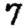
Digit: 7